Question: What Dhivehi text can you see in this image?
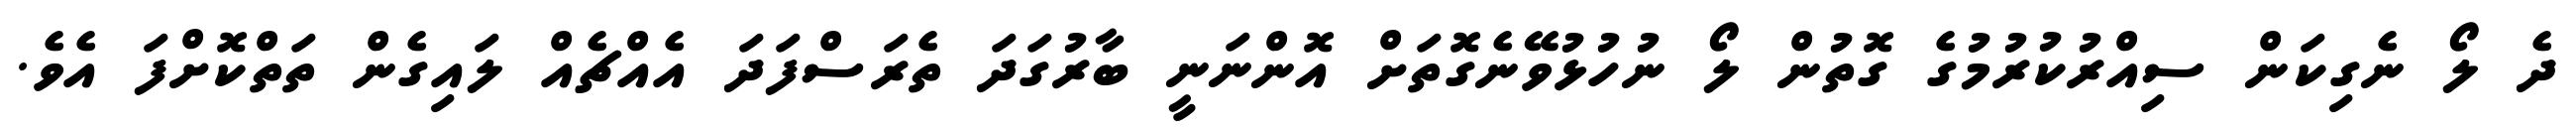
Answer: ދެ ލޯ ނެގިކަން ސިއްރުކުރުމުގެ ގޮތުން ލޯ ނުހުޅުވޭނެގޮތަށް އޮންނަނީ ބާރުގަދަ ތެރަސްފަދަ އެއްޗެއް ލައިގެން ތަތްކޮށްފަ އެވެ.